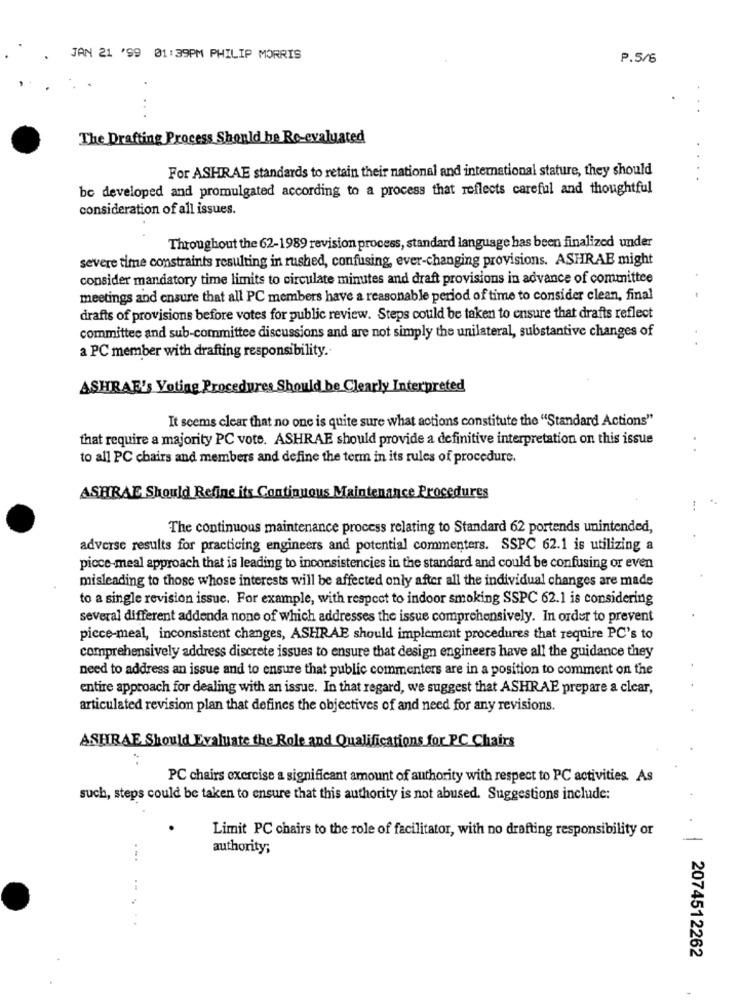
JAN 21 '99 01:39PM PHILIP MORRIS
P.5/6
..
The Drafting Process Should be Re-evaluated
For ASHRAE standards to retain their national and international stature, they should
be developed and promulgated according to a process that reflects careful and thoughtful
consideration of all issues.
Throughout the 62-1989 revision process, standard language has been finalized under
severe time constraints resulting in rushed, confusing, ever-changing provisions. ASHRAE might
consider mandatory time limits to circulate minutes and draft provisions in advance of committee
meetings and ensure that all PC members have a reasonable period of time to consider clean, final
drafts of provisions before votes for public review. Steps could be taken to ensure that drafts reflect
committee and sub-committee discussions and are not simply the unilateral, substantive changes of
a PC member with drafting responsibility.
ASHRAE's Voting Procedures Should be Clearly Interpreted
It seems clear that no one is quite sure what actions constitute the "Standard Actions"
that require a majority PC vote. ASHRAE should provide a definitive interpretation on this issue
to all PC chairs and members and define the term in its rules of procedure.
ASHRAE Should Refine its Continuous Maintenance Procedures
The continuous maintenance process relating to Standard 62 portends unintended,
adverse results for practicing engineers and potential commenters. SSPC 62.1 is utilizing a
picce-meal approach that is leading to inconsistencies in the standard and could be confusing or even
misleading to those whose interests will be affected only after all the individual changes are made
to a single revision issue. For example, with respect to indoor smoking SSPC 62.1 is considering
several different addenda none of which addresses the issue comprehensively. In order to prevent
picce-meal, inconsistent changes, ASHRAE should implement procedures that require PC's to
comprehensively address discrete issues to ensure that design engineers have all the guidance they
need to address an issue and to ensure that public commenters are in a position to comment on the
entire approach for dealing with an issue. In that regard, we suggest that ASHRAE prepare a clear,
articulated revision plan that defines the objectives of and need for any revisions.
ASHRAE Should Evaluate the Role and Qualifications for PC Chairs
PC chairs exercise a significant amount of authority with respect to PC activities. As
such, steps could be taken to ensure that this authority is not abused. Suggestions include:
Limit PC chairs to the role of facilitator, with no drafting responsibility or
authority;
...
2074512262